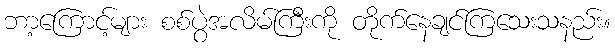
ဘာ့ကြောင့်များ စစ်ပွဲအလိမ်ကြီးကို တိုက်နေချင်ကြသေးသနည်း။